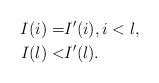
LaTeX: \begin{align*}I(i)=&I'(i),i<l,\\I(l)<&I'(l).\end{align*}